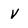
Character: V